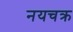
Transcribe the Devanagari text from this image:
नयचक्र